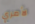
لأمري